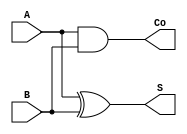
module halfAdder (
  A,
  B,
  S,
  Co
);

  input A;
  input B;
  output S;
  output Co;

  assign S = A ^ B;

  assign Co = A & B;

endmodule